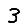
Digit: 3